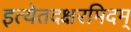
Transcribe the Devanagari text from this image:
इत्येतदक्षरमिदम्